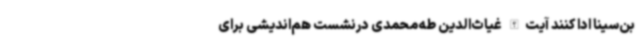
بن‌سینا ادا کنند آیت‌الله غیاث‌الدین طه‌محمدی درنشست هم‌اندیشی برای